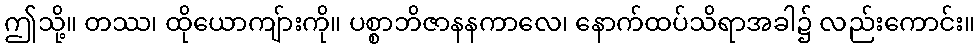
ဤသို့။ တဿ၊ ထိုယောကျ်ားကို။ ပစ္စာဘိဇာနနကာလေ၊ နောက်ထပ်သိရာအခါ၌ လည်းကောင်း။